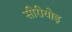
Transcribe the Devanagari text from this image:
सीरीयोइ